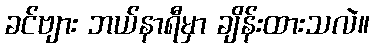
ခင်ဗျား ဘယ်နာရီမှာ ချိန်းထားသလဲ။